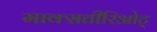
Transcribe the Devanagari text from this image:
माक्सतीरिओट्